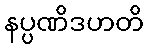
နပ္ပဏိဒဟတိ